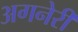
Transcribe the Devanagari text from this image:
अगनेरी